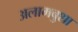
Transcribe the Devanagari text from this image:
अलामबुशा